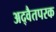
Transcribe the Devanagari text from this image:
अद्वैतपरक